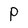
Character: P